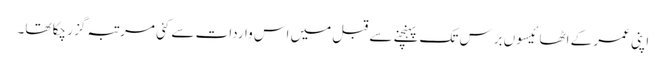
اپنی عمر کے اٹھائیسوں برس تک پہنچنے سے قبل میں اس واردات سے کئی مرتبہ گزر چکا تھا۔